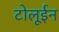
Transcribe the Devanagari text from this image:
टोलूईन